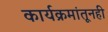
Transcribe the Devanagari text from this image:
कार्यक्रमांतूनही